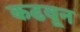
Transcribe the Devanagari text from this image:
कढवून